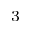
^ { 3 }